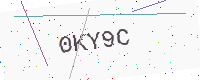
Text: 0KY9C